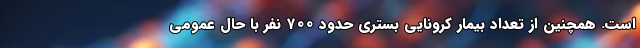
است. همچنین از تعداد بیمار کرونایی بستری حدود ۷۰۰ نفر با حال عمومی